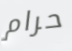
حرام